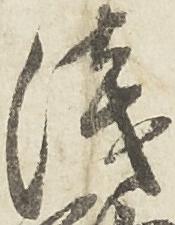
浅